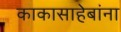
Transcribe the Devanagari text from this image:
काकासाहेबांना